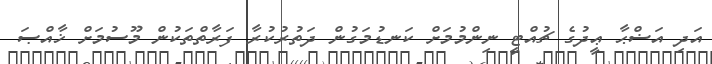
އަދި އަޟްޙާ ޢީދުގެ ޗުއްޓީ ނިންމުމަށް ކަނޑުމަގުން ދަތުރުކުރާ ފަރާތްތަކުން މޫސުމަށް ޚާއްޞަ